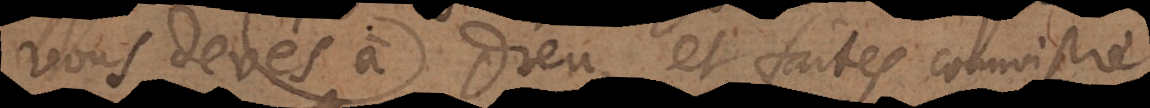
vous devés à Dieu, et faites connoistre,